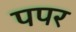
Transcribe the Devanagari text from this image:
पपर